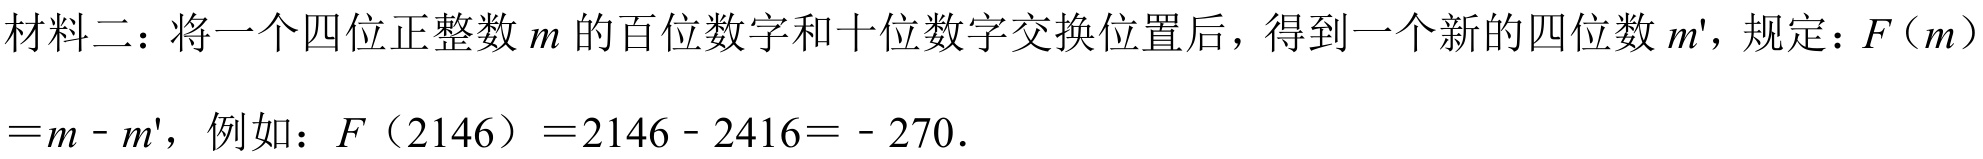
材料二：将一个四位正整数\(m\)的百位数字和十位数字交换位置后，得到一个新的四位数\(m'\)，规定：\(F(m)\)
\(=m - m'\)，例如：\(F(2146)=2146 - 2416=- 270\).